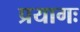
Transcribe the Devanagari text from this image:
प्रयागः